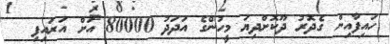
ހައިފާއިން ގެދޮރު ދޫކޮށްދިޔަ މީހުންގެ އަދަދު 80000 އަށް އަރައިފި